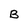
Character: B